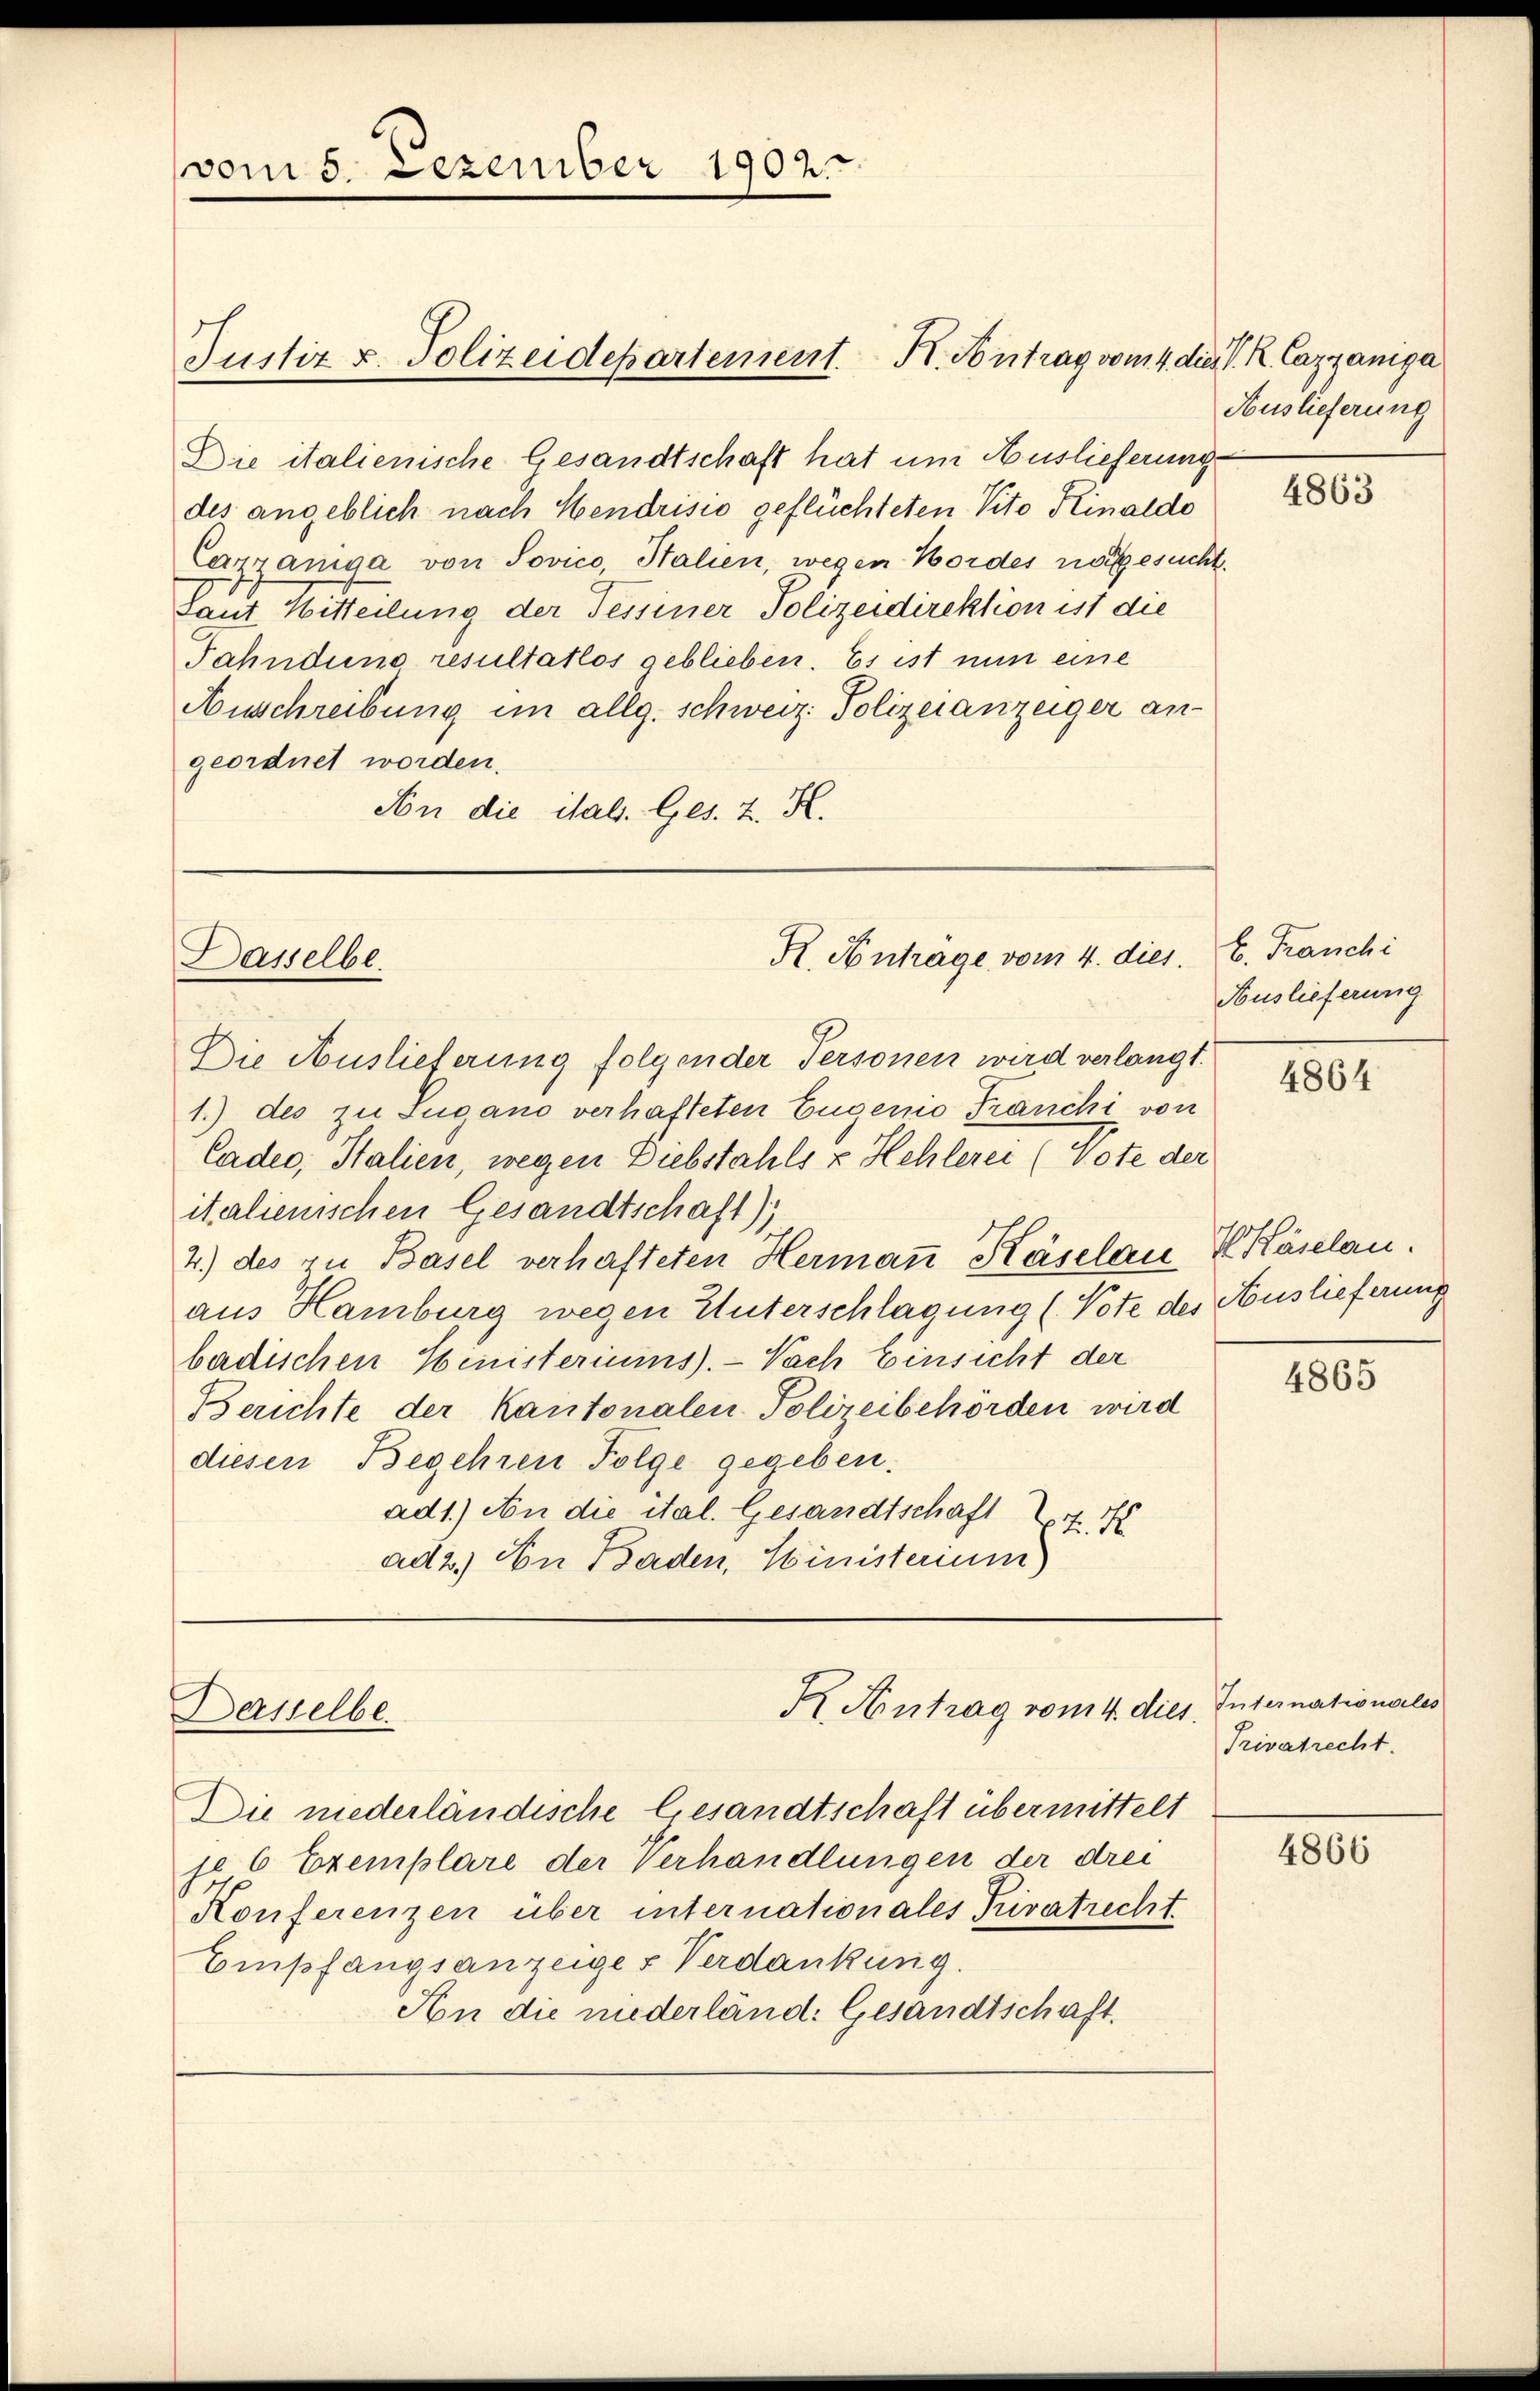
vom 5. Dezember 1902.

Die italienische Gesandtschaft hat um Auslieferung
des angeblich nach Hendrisio geflüchteten Vito Hinaldo
Cazzanga von Sovico, Stalien, wegen Bordes vorgesucht
Laut Mitteilung der Tessiner Polizeidirektion ist die
Jahndung resultatlos geblieben. Es ist nun eine
Auschreibung im allg. schweiz. Polizeianzeiger an-
geordnet worden.
An die ital. Ges. Z. K.

Justiz u. Polizeidepartement. K. Antrag vom 4. die K. K. Cazzanga

R. Anträge vom 4. dies.
Dasselbe

Die Auslieferung folgender Personen wird verlangt.
1.) des zu Sugano verhafteten Eugenio Franchi von
Cader, Stalien, wegen Diebstahls u Hehlerei (Vote der
italienischen Gesandtschaft)
4.) des zu Basel verhafteten Hermann Käselau, Käselan.
aus Hamburg wegen Unterschlagung (Vote des Auslieferung
badischen Ministeriums. - Nach Einsicht der
Berichte der Kantonalen Polizeibehörden wird
diesen Begehren Folge gegeben.
ad1.) An die ital. Gesandtschaft 27.
ad 2.) An Baden, Ministerium)

Derselbe

K. Antrag vom 4. dies

Die niederländische Gesandtschaft übermittelt
je 6 Exemplare der Verhandlungen der drei
Konferenzen über internationales Rivatrecht.
Empfangsanzeige & Verdankung.
An die niederländ: Gesandtschaft.

Auslieferung

b. Franchi
Auslieferung

Internationales
Privatrecht.
4866

4863

4864

4865